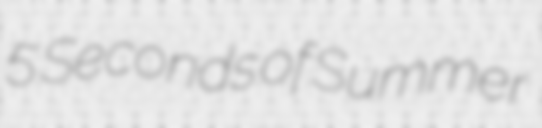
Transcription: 5 Seconds of Summer